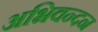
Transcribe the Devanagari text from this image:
अभिवन्दन